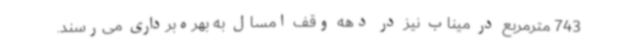
743 مترمربع در میناب نیز در دهه وقف امسال به بهره‌برداری می‌رسند.